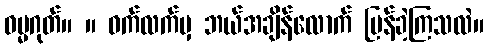
ဓမ္မဂုတ်။ ။ ဝက်လက်မှ ဘယ်အချိန်လောက် ပြန်ခဲ့ကြသလဲ။